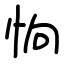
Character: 恦